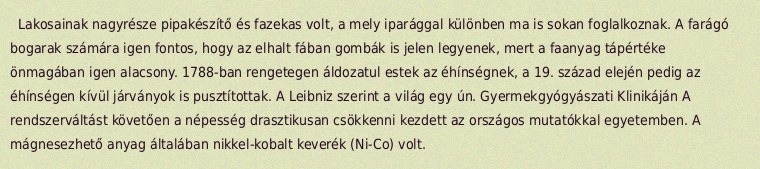
Lakosainak nagyrésze pipakészítő és fazekas volt, a mely iparággal különben ma is sokan foglalkoznak. A farágó bogarak számára igen fontos, hogy az elhalt fában gombák is jelen legyenek, mert a faanyag tápértéke önmagában igen alacsony. 1788-ban rengetegen áldozatul estek az éhínségnek, a 19. század elején pedig az éhínségen kívül járványok is pusztítottak. A Leibniz szerint a világ egy ún. Gyermekgyógyászati Klinikáján A rendszerváltást követően a népesség drasztikusan csökkenni kezdett az országos mutatókkal egyetemben. A mágnesezhető anyag általában nikkel-kobalt keverék (Ni-Co) volt.